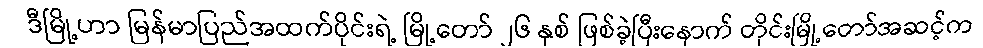
ဒီမြို့ဟာ မြန်မာပြည်အထက်ပိုင်းရဲ့ မြို့တော် ၂၆ နှစ် ဖြစ်ခဲ့ပြီးနောက် တိုင်းမြို့တော်အဆင့်က